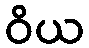
ဝိယ